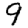
Digit: 9